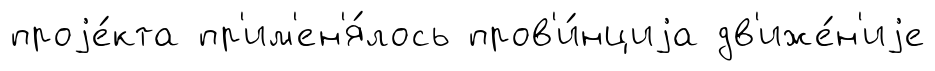
проjе́кта пр'им'ен'я́лось пров'и́нциjа дв'иже́н'иjе